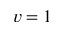
v = 1